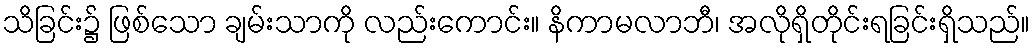
သိခြင်း၌ ဖြစ်သော ချမ်းသာကို လည်းကောင်း။ နိကာမလာဘီ၊ အလိုရှိတိုင်းရခြင်းရှိသည်။